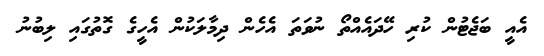
އެއީ ބަޖެޓުން ކުރި ހޭދައެއްތޯ ނުވަތަ އެހެން ދިމާލަކުން އެހީގެ ގޮތުގައި ލިބުނު